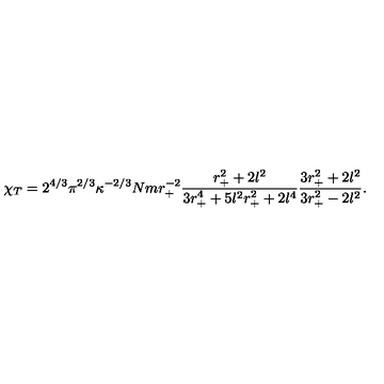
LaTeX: \chi _ { T } = 2 ^ { 4 / 3 } \pi ^ { 2 / 3 } \kappa ^ { - 2 / 3 } N m r _ { + } ^ { - 2 } \frac { r _ { + } ^ { 2 } + 2 l ^ { 2 } } { 3 r _ { + } ^ { 4 } + 5 l ^ { 2 } r _ { + } ^ { 2 } + 2 l ^ { 4 } } \frac { 3 r _ { + } ^ { 2 } + 2 l ^ { 2 } } { 3 r _ { + } ^ { 2 } - 2 l ^ { 2 } } .